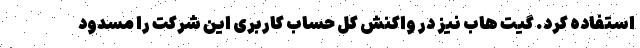
استفاده کرد. گیت هاب نیز در واکنش کل حساب کاربری این شرکت را مسدود